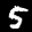
Label: 5